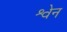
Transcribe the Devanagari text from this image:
श्वेन